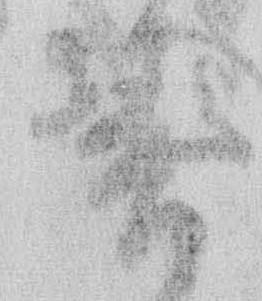
春